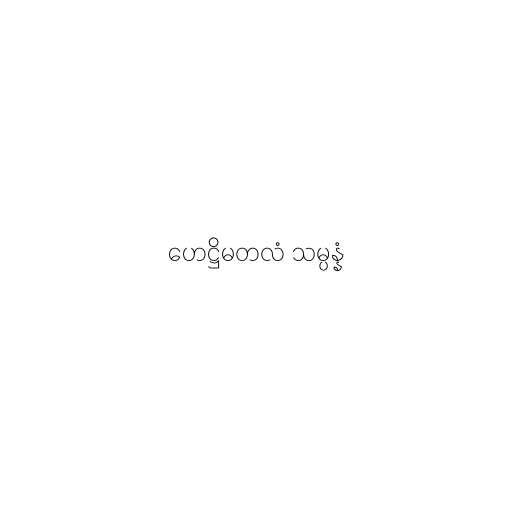
ဟေဋ္ဌိမတလံ သမ္ပန္နံ